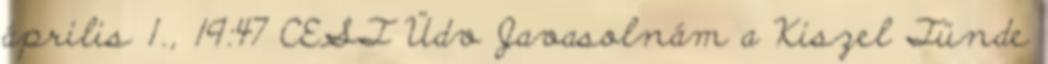
április 1., 19:47 CEST Üdv Javasolnám a Kiszel Tünde